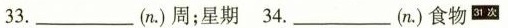
33.___(n.)周；星期 34.___(n.)食物^{31次}